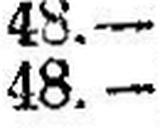
48.—